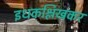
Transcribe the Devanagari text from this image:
इधकश्लिखकर